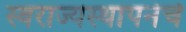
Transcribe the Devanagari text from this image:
स्वराज्यस्थापनेचे